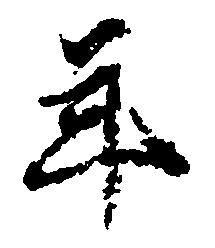
年